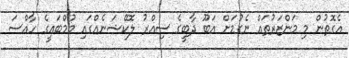
އެގޮތުން މި މަންޒަރުތައް ނެގުމަށް އަބޫ ދާބީގެ ސިއްރު ލޮކޭޝަނެއްގައި މުމްބައީގެ ހާއްސަ